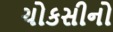
ચોકસીનો